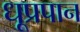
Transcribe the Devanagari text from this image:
धूप्रपान